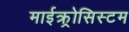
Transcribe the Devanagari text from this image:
माईक्र्रोसिस्टम